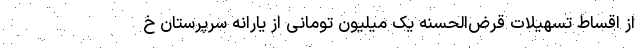
از اقساط تسهیلات قرض‌الحسنه یک میلیون تومانی از یارانه سرپرستان خ